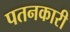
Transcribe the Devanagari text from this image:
पतनकारी